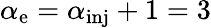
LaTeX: \alpha_{\mathrm{e}}=\alpha_{\mathrm{inj}}+1=3